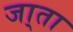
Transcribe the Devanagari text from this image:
जा्ता